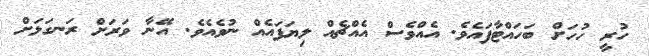
ހުރީ ހުހަށް ބަހައްޓާފައެވެ. އެއްވެސް އެއްޗެއް ލިޔަފައެއް ނުވެއެވެ. އޭނާ ވަރަށް ރަނގަޅަށް